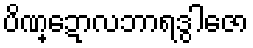
ပိဏ္ဍောလဘာရဒွါဇော